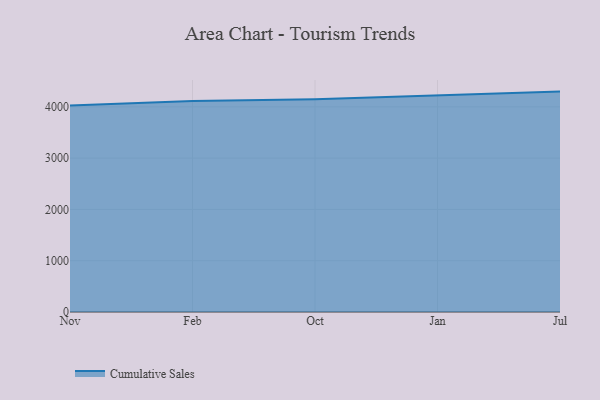
{"axis": {"x": "Month", "y": "Customer Acquisition Cost (USD)"}, "legend": ["Cumulative Sales"], "data": [{"x": "Nov", "y": 4023.8, "type": "Cumulative Sales"}, {"x": "Feb", "y": 4114.1, "type": "Cumulative Sales"}, {"x": "Oct", "y": 4150.0, "type": "Cumulative Sales"}, {"x": "Jan", "y": 4217.7, "type": "Cumulative Sales"}, {"x": "Jul", "y": 4296.9, "type": "Cumulative Sales"}]}